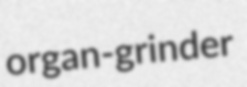
organ-grinder